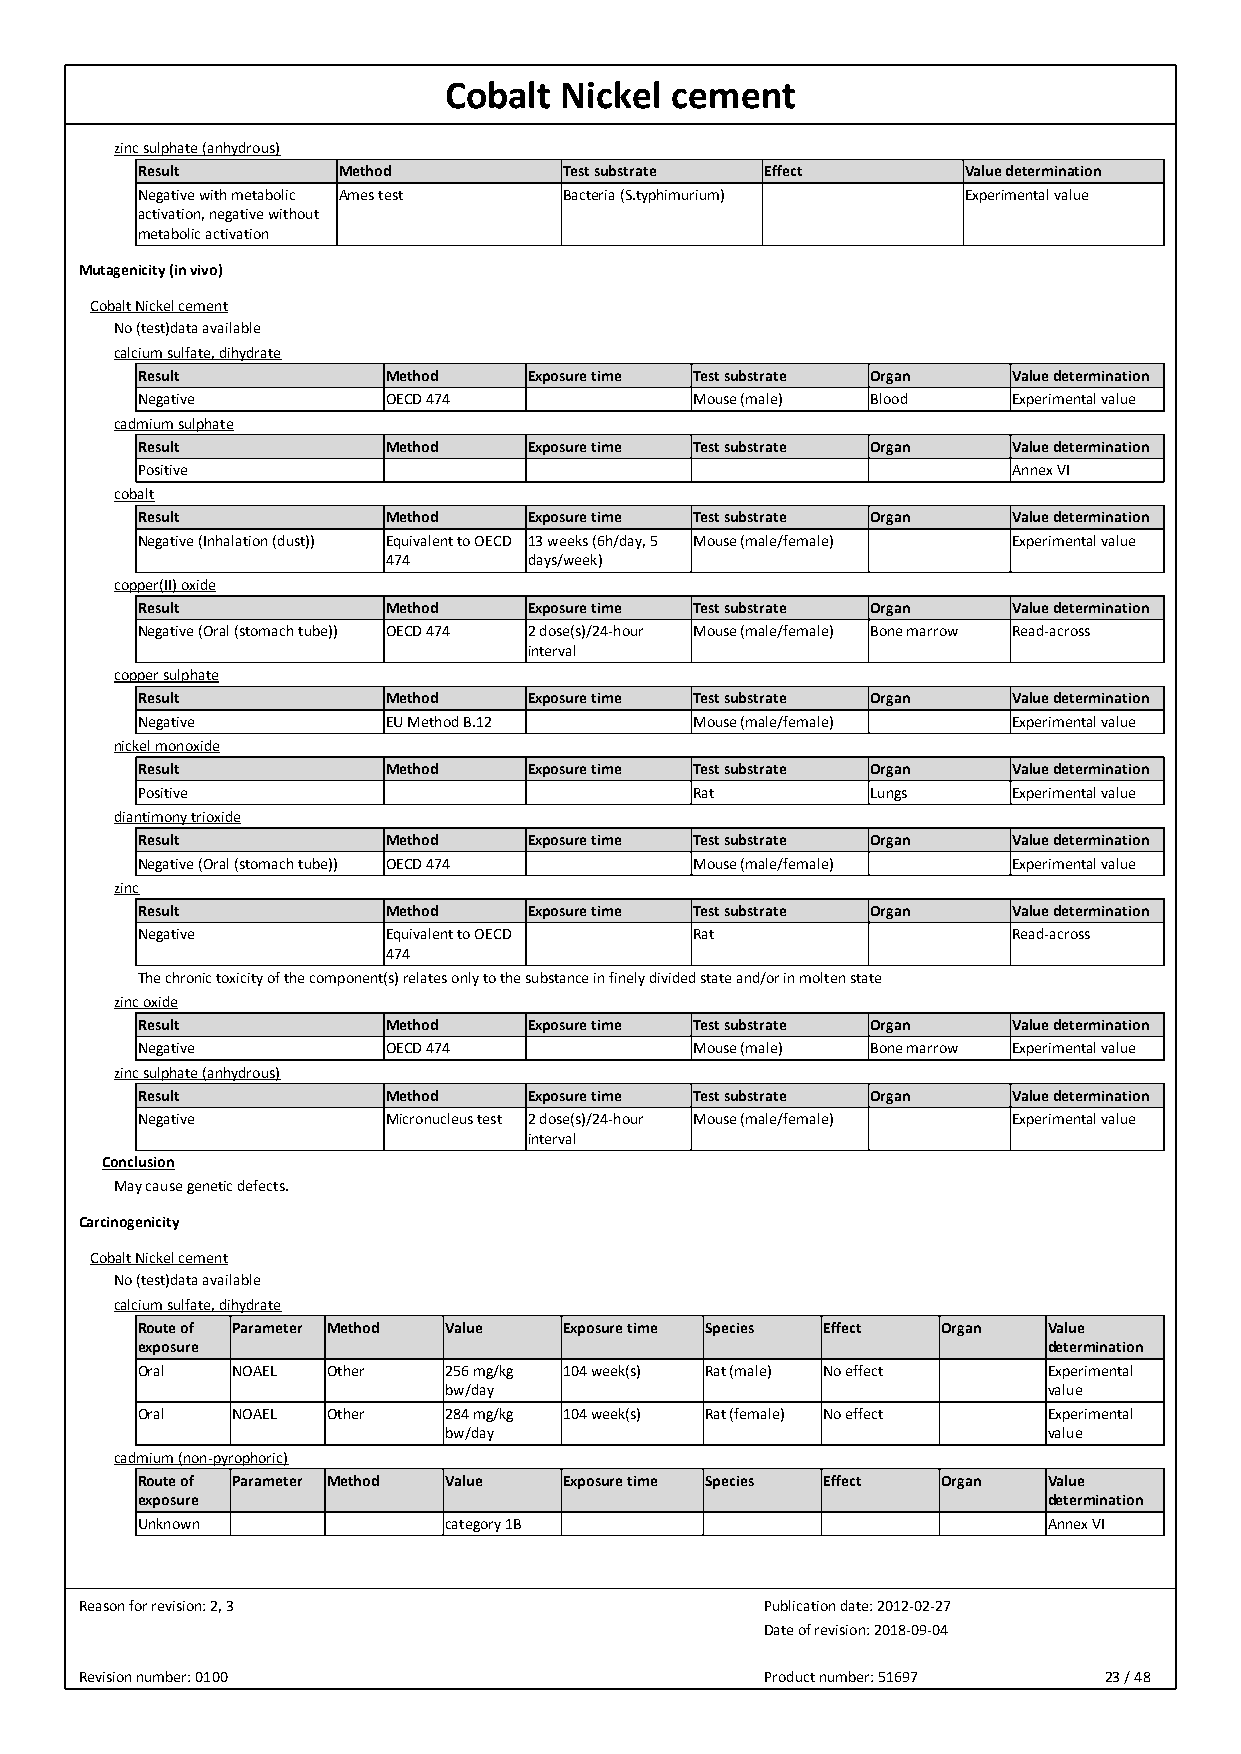
Cobalt  Nickel cement
 zinc sulphate (anhydrous)
 Result       Method         Test substrate Effect      Value determination
 Negative with metabolic Ames test Bacteria (S.typhimurium) Experimental value
 activation, negative without
 metabolic activation
 Mutagenicity (in vivo)
 Cobalt Nickel cement
 No (test)data available
 calcium sulfate, dihydrate
 Result           Method   Exposure time Test substrate Organ Value determination
 Negative         OECD 474            Mouse (male) Blood   Experimental value
 cadmium sulphate
 Result           Method   Exposure time Test substrate Organ Value determination
 Positive                                                  Annex VI
 cobalt
 Result           Method   Exposure time Test substrate Organ Value determination
 Negative (Inhalation (dust)) Equivalent to OECD 13 weeks (6h/day, 5 Mouse (male/female) Experimental value
 474      days/week)
 copper(II) oxide
 Result           Method   Exposure time Test substrate Organ Value determination
 Negative (Oral (stomach tube)) OECD 474 2 dose(s)/24-hour Mouse (male/female) Bone marrow Read-across
 interval
 copper sulphate
 Result           Method   Exposure time Test substrate Organ Value determination
 Negative         EU Method B.12      Mouse (male/female)  Experimental value
 nickel monoxide
 Result           Method   Exposure time Test substrate Organ Value determination
 Positive                             Rat         Lungs    Experimental value
 diantimony trioxide
 Result           Method   Exposure time Test substrate Organ Value determination
 Negative (Oral (stomach tube)) OECD 474 Mouse (male/female) Experimental value
 zinc
 Result           Method   Exposure time Test substrate Organ Value determination
 Negative         Equivalent to OECD  Rat                  Read-across
 474
 The chronic toxicity of the component(s) relates only to the substance in finely divided state and/or in molten state
 zinc oxide
 Result           Method   Exposure time Test substrate Organ Value determination
 Negative         OECD 474            Mouse (male) Bone marrow Experimental value
 zinc sulphate (anhydrous)
 Result           Method   Exposure time Test substrate Organ Value determination
 Negative         Micronucleus test 2 dose(s)/24-hour Mouse (male/female) Experimental value
 interval
 Conclusion
 May cause genetic defects.
 Carcinogenicity
 Cobalt Nickel cement
 No (test)data available
 calcium sulfate, dihydrate
 Route of Parameter Method Value Exposure time Species Effect Organ Value
 exposure                                                    determination
 Oral  NOAEL  Other  256 mg/kg 104 week(s) Rat (male) No effect Experimental
 bw/day                                  value
 Oral  NOAEL  Other  284 mg/kg 104 week(s) Rat (female) No effect Experimental
 bw/day                                  value
 cadmium (non-pyrophoric)
 Route of Parameter Method Value Exposure time Species Effect Organ Value
 exposure                                                    determination
 Unknown             category 1B                             Annex VI
 Reason for revision: 2, 3                     Publication date: 2012-02-27
 Date of revision: 2018-09-04
 Revision number: 0100                         Product number: 51697 23 / 48